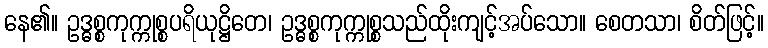
နေ၏။ ဥဒ္ဓစ္စကုက္ကုစ္စပရိယုဋ္ဌိတေ၊ ဥဒ္ဓစ္စကုက္ကုစ္စသည်ထိုးကျင့်အပ်သော။ စေတသာ၊ စိတ်ဖြင့်။